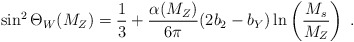
\begin{align*}\sin^2\Theta_W (M_Z) = \frac{1}{3}+\frac{\alpha(M_Z)}{6\pi} (2b_2-b_Y)\ln\left(\frac{M_s}{M_Z}\right) \; .\end{align*}